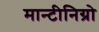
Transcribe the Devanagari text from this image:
मान्टीनिग्रो